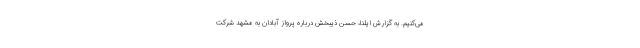
می‌کنیم. به گزارش ایلنا، حسن ذیبخش درباره پرواز آبادان به مشهد شرکت